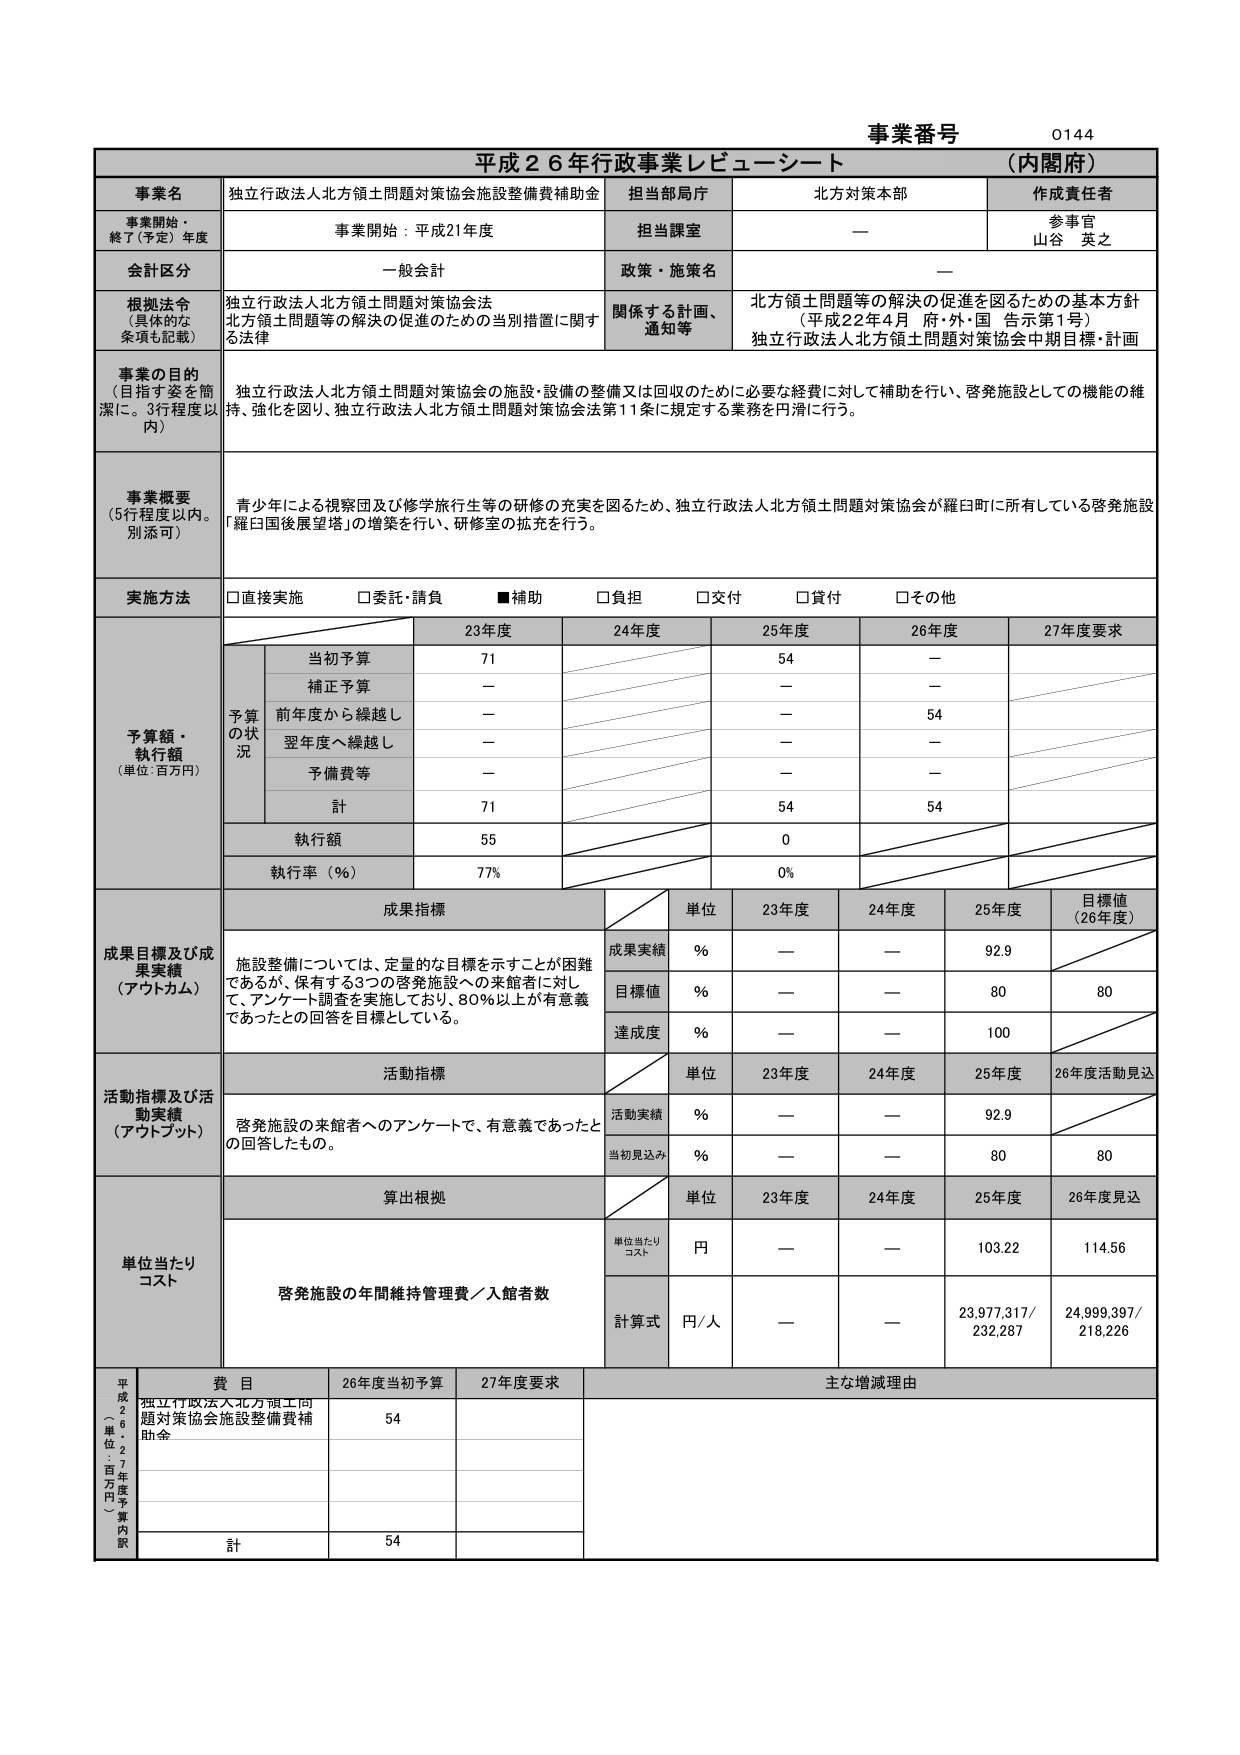
事業番号 0144
平成２６年行政事業レビューシート （内閣府）

事業名 独立行政法人北方領土問題対策協会施設整備費補助金
担当部局庁 北方対策本部
作成責任者 参事官 山谷 英之

事業開始・終了（予定）年度 事業開始：平成21年度
担当課室 —

会計区分 一般会計
政策・施策名 —

根拠法令（具体的な条項も記載） 独立行政法人北方領土問題対策協会法
北方領土問題等の解決の促進のための当別措置に関する法律
関係する計画、通知等 北方領土問題等の解決の促進を図るための基本方針（平成22年4月 府・外・国 告示第1号）
独立行政法人北方領土問題対策協会中期目標・計画

事業の目的（目指す姿を簡潔に。3行程度以内） 独立行政法人北方領土問題対策協会の施設・設備の整備又は回収のために必要な経費に対して補助を行い、啓発施設としての機能の維持、強化を図り、独立行政法人北方領土問題対策協会法第11条に規定する業務を円滑に行う。

事業概要（5行程度以内。別添可） 青少年による視察団及び修学旅行生等の研修の充実を図るため、独立行政法人北方領土問題対策協会が羅臼町に所有している啓発施設「羅臼国後展望塔」の増築を行い、研修室の拡充を行う。

実施方法 □直接実施 □委託・請負 ■補助 □負担 □交付 □貸付 □その他

予算額・執行額（単位：百万円）
予算の状況
23年度 24年度 25年度 26年度 27年度要求
当初予算 71 — 54 — —
補正予算 — — — — —
前年度から繰越し — — — 54 —
翌年度へ繰越し — — — — —
予備費等 — — — — —
計 71 — 54 54 —
執行額 55 — 0 — —
執行率（％） 77% — 0% — —

成果目標及び成果実績（アウトカム）
成果指標
単位 23年度 24年度 25年度 目標値（26年度）
成果実績 ％ — — 92.9 —
目標値 ％ — — 80 80
達成度 ％ — — 100 —

活動指標及び活動実績（アウトプット）
活動指標
単位 23年度 24年度 25年度 26年度活動見込
活動実績 ％ — — 92.9 —
当初見込み ％ — — 80 80

単位当たりコスト
算出根拠
単位 23年度 24年度 25年度 26年度見込
単位当たりコスト 円 — — 103.22 114.56
計算式 円／人 — — 23,977,317／232,287 24,999,397／218,226
啓発施設の年間維持管理費／入館者数

平成26・27年度予算内訳（単位：百万円）
費目 26年度当初予算 27年度要求 主な増減理由
独立行政法人北方領土問題対策協会施設整備費補助金 54
計 54